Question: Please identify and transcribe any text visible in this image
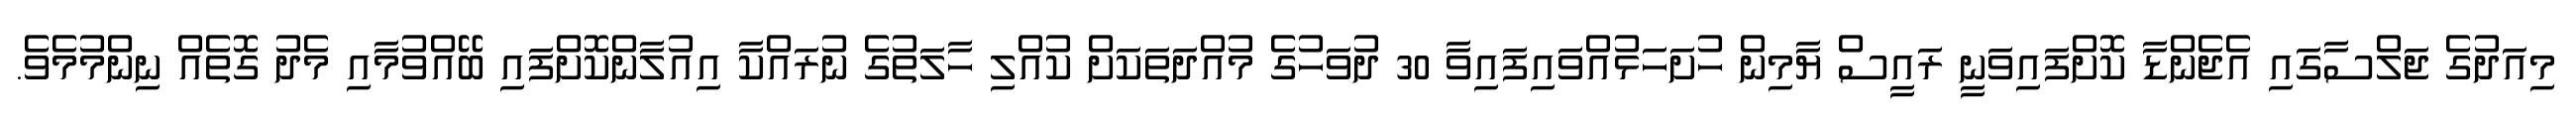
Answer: މިއަދުގެ ޖަލްސާގައި އެޖެންޑާ ކޮށްފައިވަނީ ރައީސް ޔާމިން ހުށަހަޅުއްވައިފައިވާ 30 ދުވަހުގެ މުއްދަތަކަށް ކުއްލި ހާލަތުގެ ނުރައްކާ އިއުލާންކޮށްފައި ބޭއްވުމާއި މެދު ގޮތެއް ނިންމުމެވެ.